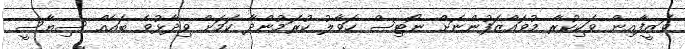
ވަޒީފާއިން ވަކިކުރާ މުވައްޒަފުންނަށް ނޯޓިސް ހަވާލު ކުރަމުންދާ ކަމަށް ވިދާޅުވެ ބައެއް ސިޔާސީ